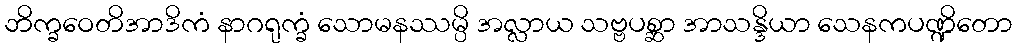
ဘိက္ခဝေတိအာဒိကံ နာဂရုက္ခံ သောမနဿမ္ပိ အလ္လာယ သဗ္ဗပစ္ဆာ အာသန္ဒိယာ သေနကပဏ္ဍိတော